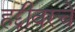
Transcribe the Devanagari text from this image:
हद्दीवरचे